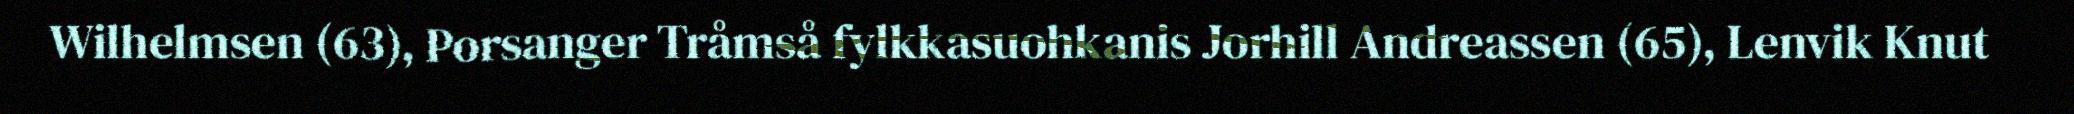
Wilhelmsen (63), Porsanger Tråmså fylkkasuohkanis Jorhill Andreassen (65), Lenvik Knut